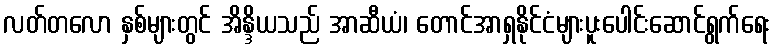
လတ်တလော နှစ်များတွင် အိန္ဒိယသည် အာဆီယံ၊ တောင်အာရှနိုင်ငံများပူးပေါင်းဆောင်ရွက်ရေး